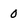
Character: 0